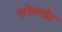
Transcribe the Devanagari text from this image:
एरोफ़्लोट